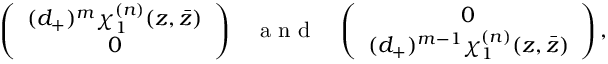
\left( \begin{array} { c } { { ( d _ { + } ) ^ { m } \chi _ { 1 } ^ { ( n ) } ( z , \bar { z } ) } } \\ { { 0 } } \end{array} \right) \; \; \; \makebox { a n d } \; \; \; \left( \begin{array} { c } { { 0 } } \\ { { ( d _ { + } ) ^ { m - 1 } \chi _ { 1 } ^ { ( n ) } ( z , \bar { z } ) } } \end{array} \right) ,